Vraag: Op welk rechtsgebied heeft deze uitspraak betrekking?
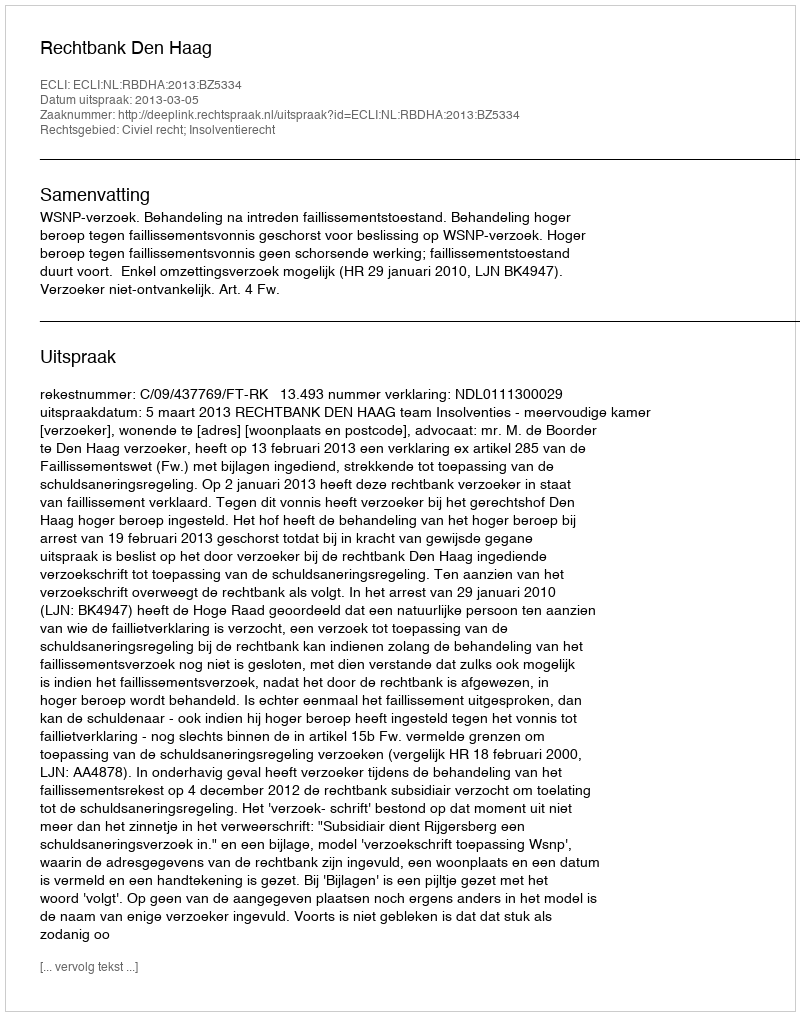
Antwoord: Civiel recht; Insolventierecht